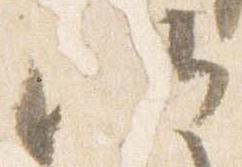
候